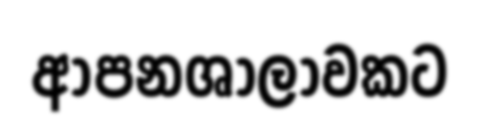
ආපනශාලාවකට